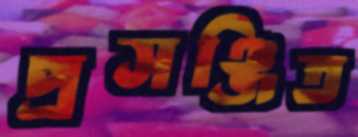
প্রসঞ্জিত